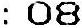
: 08